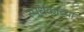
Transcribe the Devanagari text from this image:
स्पर्धकाच्या